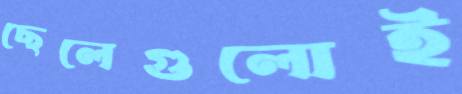
ছেলেগুলোই